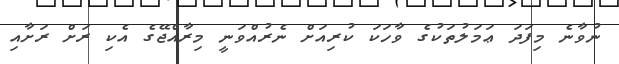
ނުވާނެ މިފަދަ ޢަމަލުތަކުގެ ވާހަކަ ކުރިއަށް ނެރުއްވަނީ މިރާއްޖޭގެ އެކި ރަށް ރަށާއި